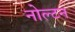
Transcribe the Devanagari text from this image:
नोल्टन